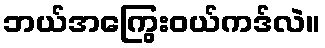
ဘယ်အကြွေးဝယ်ကဒ်လဲ။